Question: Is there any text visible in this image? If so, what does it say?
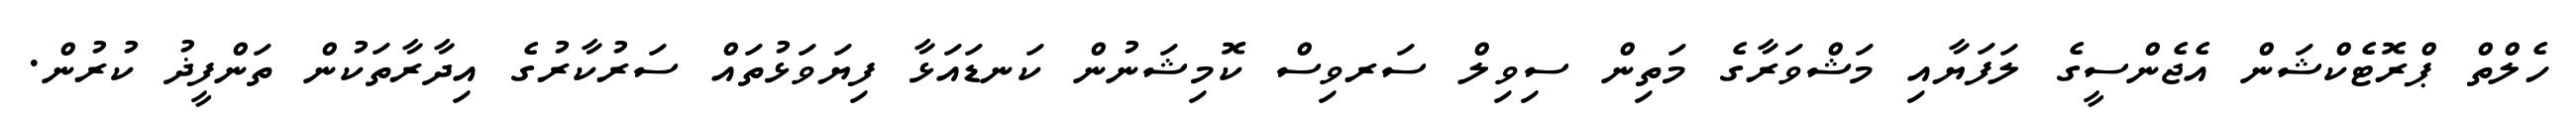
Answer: ހެލްތް ޕްރޮޓެކްޝަން އެޖެންސީގެ ލަފަޔާއި މަޝްވަރާގެ މަތިން ސިވިލް ސަރވިސް ކޮމިޝަނުން ކަނޑައަޅާ ފިޔަވަޅުތައް ސަރުކާރުގެ އިދާރާތަކުން ތަންފީޛު ކުރުން.